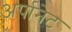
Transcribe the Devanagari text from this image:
अर्पानेट